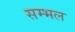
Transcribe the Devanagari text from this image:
सम्‍भल